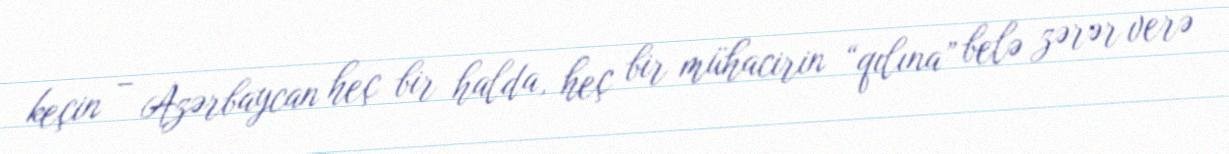
keçin – Azərbaycan heç bir halda, heç bir mühacirin “qılına” belə zərər verə